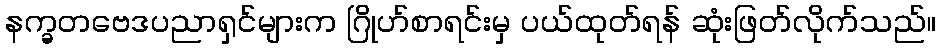
နက္ခတဗေဒပညာရှင်များက ဂြိုဟ်စာရင်းမှ ပယ်ထုတ်ရန် ဆုံးဖြတ်လိုက်သည်။